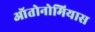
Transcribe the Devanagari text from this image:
ऑतोनोमियास